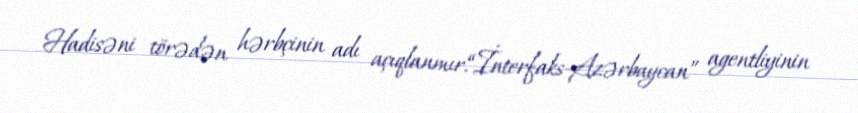
Hadisəni törədən hərbçinin adı açıqlanmır.“İnterfaks-Azərbaycan” agentliyinin